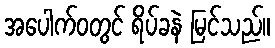
အပေါက်ဝတွင် ရိပ်ခနဲ မြင်သည်။